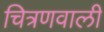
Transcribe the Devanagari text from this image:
चित्रणवाली